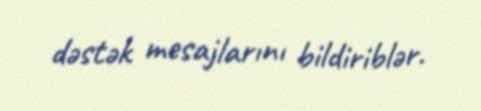
dəstək mesajlarını bildiriblər.